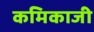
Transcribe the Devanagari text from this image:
कमिकाजी